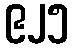
၉၂၅